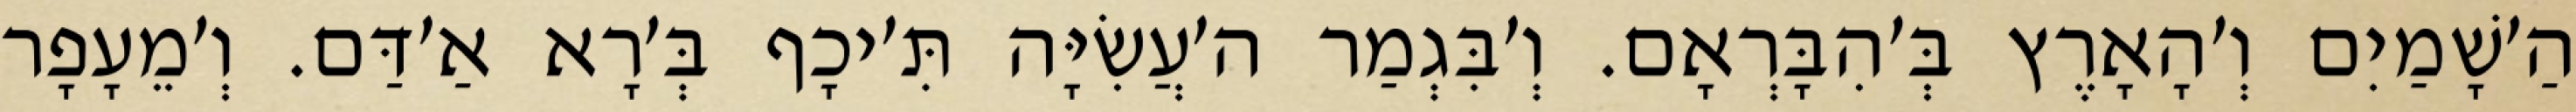
הַ׳שָׁמַיִם וְ׳הָאָרֶץ בְּ׳הִבָּרְאָם. וְ׳בִּגְמַר ה׳עֲשִׂיָּה תִּ׳יכָף בְּ׳רָא אַ׳דַּם. וְ׳מֵעָפָר